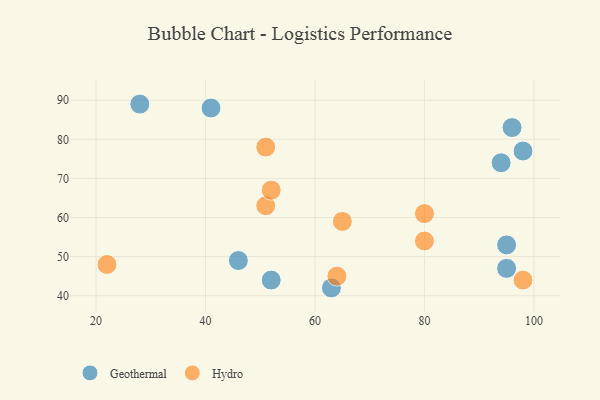
{"axis": {"x": "GDP", "y": "Life Expectancy"}, "legend": ["Geothermal", "Hydro"], "data": [{"x": "94", "y": 74, "type": "Geothermal"}, {"x": "28", "y": 89, "type": "Geothermal"}, {"x": "41", "y": 88, "type": "Geothermal"}, {"x": "98", "y": 77, "type": "Geothermal"}, {"x": "46", "y": 49, "type": "Geothermal"}, {"x": "96", "y": 83, "type": "Geothermal"}, {"x": "63", "y": 42, "type": "Geothermal"}, {"x": "95", "y": 47, "type": "Geothermal"}, {"x": "95", "y": 53, "type": "Geothermal"}, {"x": "52", "y": 44, "type": "Geothermal"}, {"x": "51", "y": 63, "type": "Hydro"}, {"x": "22", "y": 48, "type": "Hydro"}, {"x": "80", "y": 61, "type": "Hydro"}, {"x": "64", "y": 45, "type": "Hydro"}, {"x": "80", "y": 54, "type": "Hydro"}, {"x": "52", "y": 67, "type": "Hydro"}, {"x": "98", "y": 44, "type": "Hydro"}, {"x": "51", "y": 78, "type": "Hydro"}, {"x": "65", "y": 59, "type": "Hydro"}]}